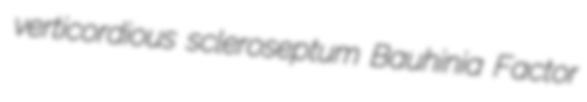
verticordious scleroseptum Bauhinia Factor